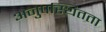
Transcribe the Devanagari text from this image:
अनुपस्थितता